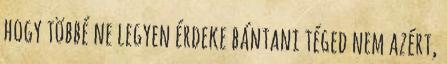
hogy többé ne legyen érdeke bántani téged nem azért,